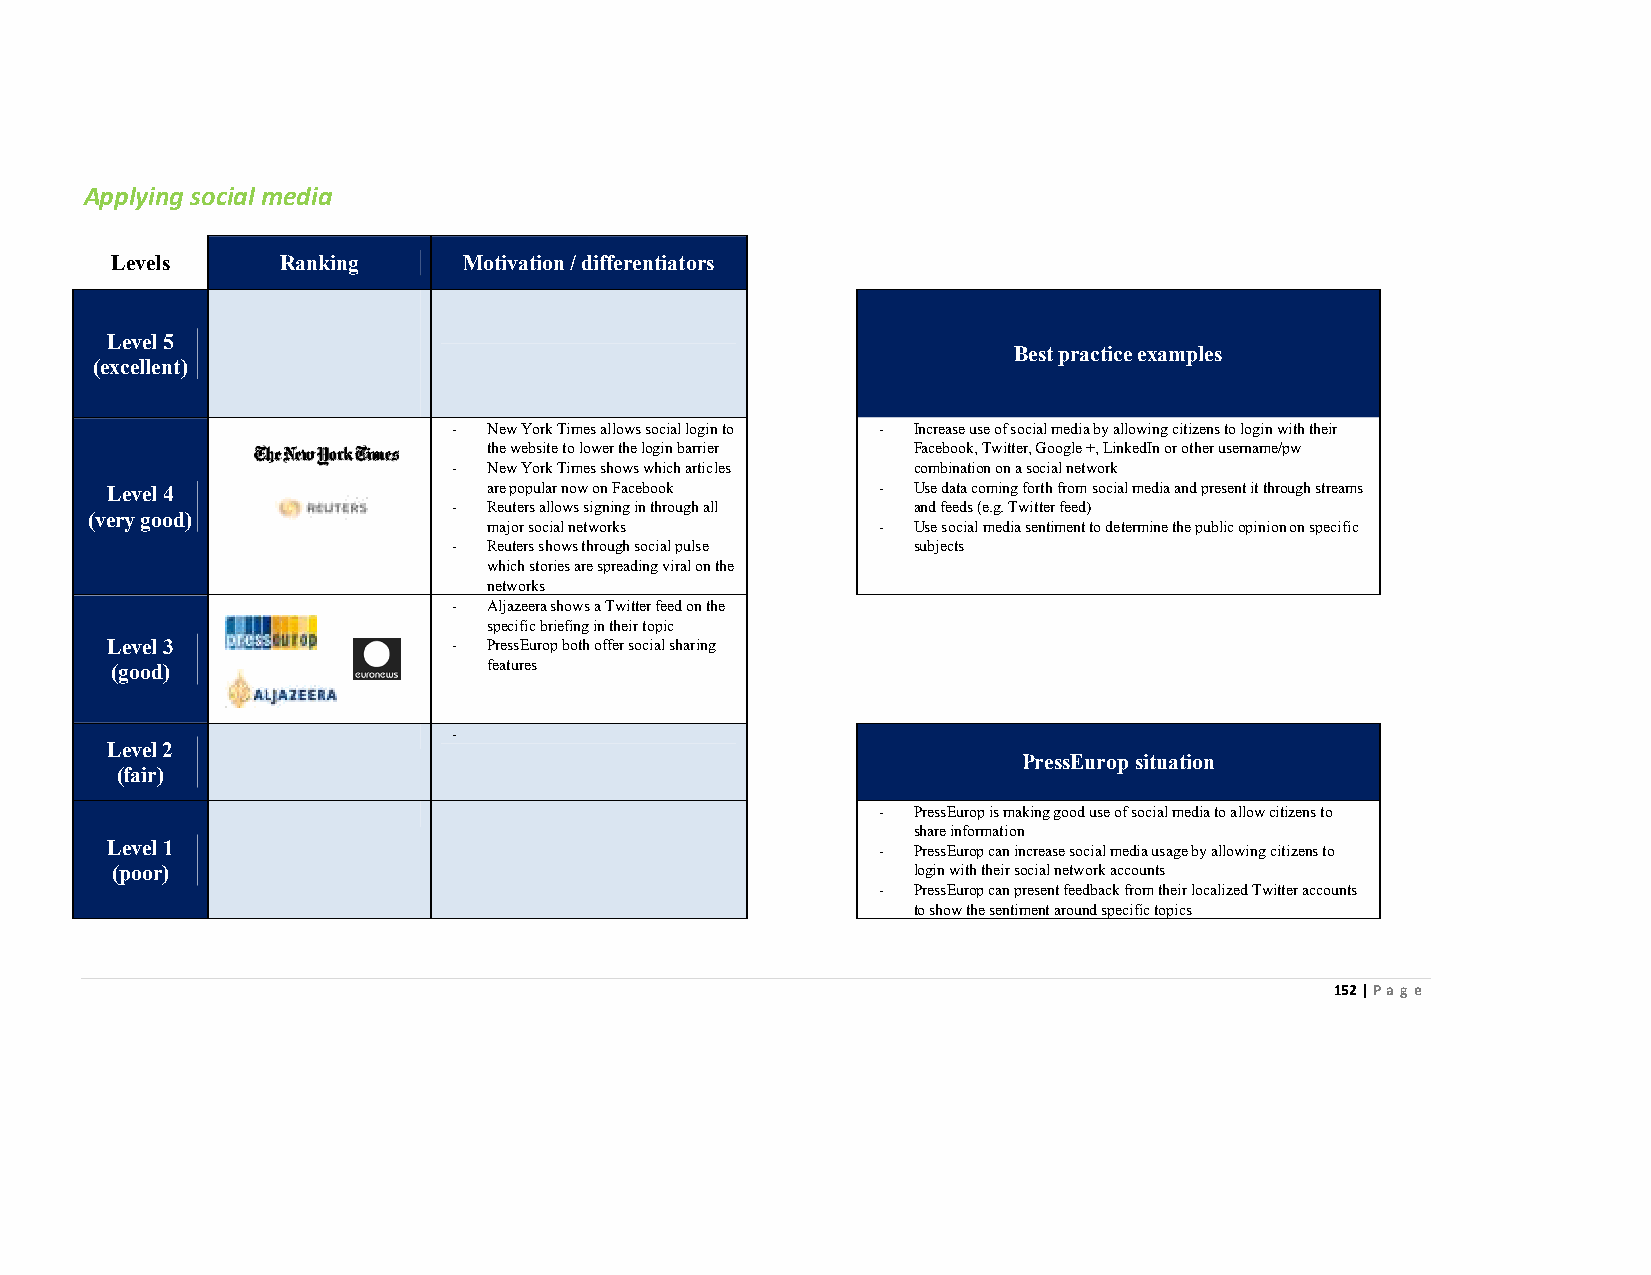
Applying social media
 Levels      Ranking     Motivation / differentiators
 Level 5
 Best practice examples
 (excellent)
 - New York Times allows social login to - Increase use of social media by allowing citizens to login with their
 the website to lower the login barrier Facebook, Twitter, Google +, LinkedIn or other username/pw
 - New York Times shows which articles combination on a social network
 Level 4                  are popular now on Facebook - Use data coming forth from social media and present it through streams
 - Reuters allows signing in through all and feeds (e.g. Twitter feed)
 (very good)
 major social networks     - Use social media sentiment to determine the public opinion on specific
 - Reuters shows through social pulse subjects
 which stories are spreading viral on the
 networks
 - Aljazeera shows a Twitter feed on the
 specific briefing in their topic
 Level 3                - PressEurop both offer social sharing
 (good)                   features
 -
 Level 2
 PressEurop situation
 (fair)
 - PressEurop is making good use of social media to allow citizens to
 share information
 Level 1                                            - PressEurop can increase social media usage by allowing citizens to
 (poor)                                               login with their social network accounts
 - PressEurop can present feedback from their localized Twitter accounts
 to show the sentiment around specific topics
 152 | Page